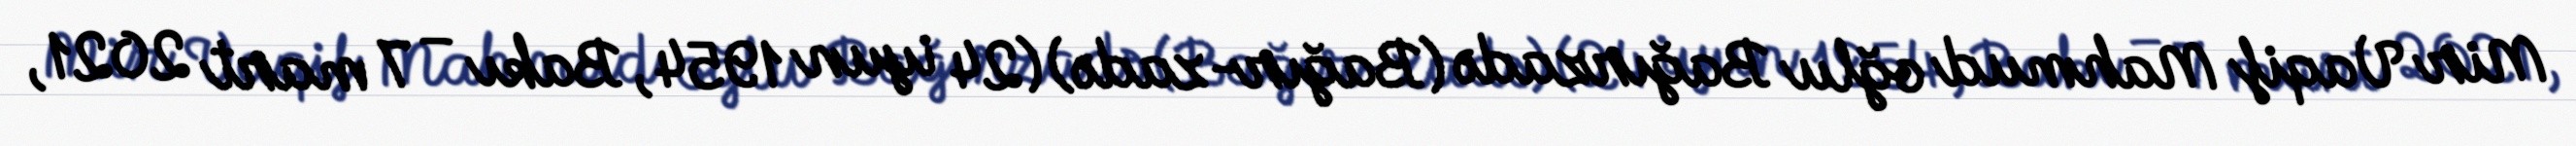
Mir Vaqif Mahmud oğlu Bağırzadə (Bağır-zadə) (24 iyun 1954, Bakı – 7 mart 2021,